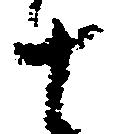
十